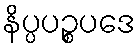
နိပ္ပပဉ္စပဒေ